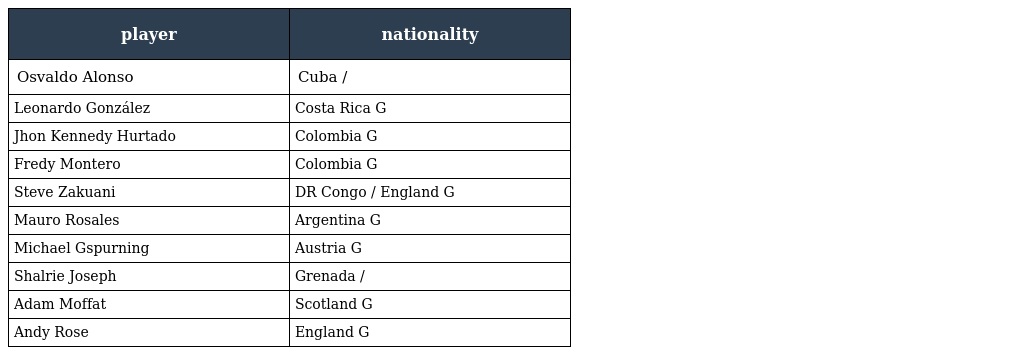
| player | nationality |
 | --- | --- |
 | Osvaldo Alonso | Cuba / |
 | Leonardo González | Costa Rica G |
 | Jhon Kennedy Hurtado | Colombia G |
 | Fredy Montero | Colombia G |
 | Steve Zakuani | DR Congo / England G |
 | Mauro Rosales | Argentina G |
 | Michael Gspurning | Austria G |
 | Shalrie Joseph | Grenada / |
 | Adam Moffat | Scotland G |
 | Andy Rose | England G |